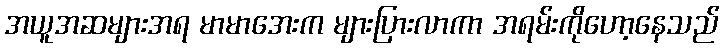
အယူအဆများအရ မာမာအေးက များပြားလာကာ အရမ်းကိုဟော့နေသည်